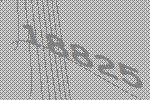
18825